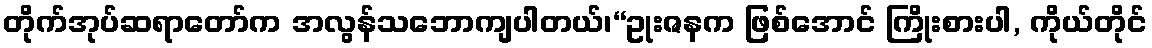
တိုက်အုပ်ဆရာတော်က အလွန်သဘောကျပါတယ်၊“ဥုးဇနက ဖြစ်အောင် ကြိုးစားပါ, ကိုယ်တိုင်